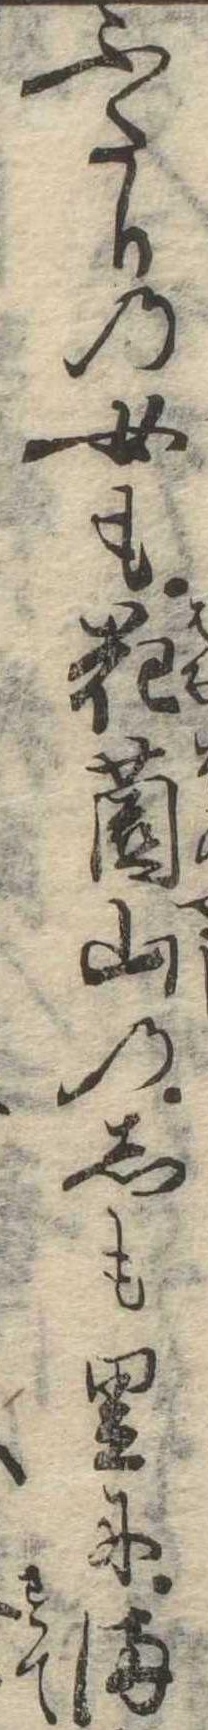
ふたりの女も花園山のしも里にま